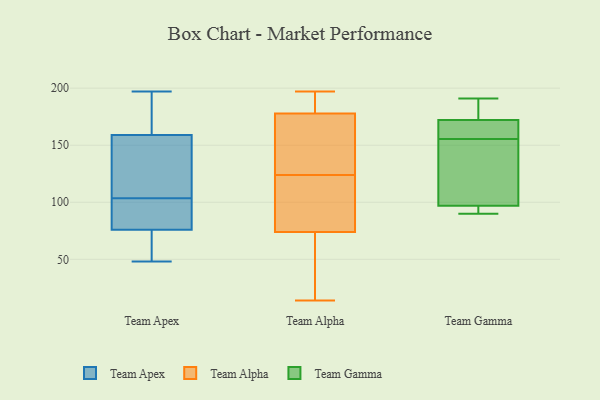
{"axis": {"x": "Operating Costs (USD K)", "y": "Value"}, "legend": ["Team Alpha", "Team Apex", "Team Gamma"], "data": [{"x": "", "y": 93, "type": "Team Apex"}, {"x": "", "y": 187, "type": "Team Apex"}, {"x": "", "y": 197, "type": "Team Apex"}, {"x": "", "y": 114, "type": "Team Apex"}, {"x": "", "y": 70, "type": "Team Apex"}, {"x": "", "y": 128, "type": "Team Apex"}, {"x": "", "y": 76, "type": "Team Apex"}, {"x": "", "y": 48, "type": "Team Apex"}, {"x": "", "y": 88, "type": "Team Apex"}, {"x": "", "y": 159, "type": "Team Apex"}, {"x": "", "y": 195, "type": "Team Alpha"}, {"x": "", "y": 39, "type": "Team Alpha"}, {"x": "", "y": 151, "type": "Team Alpha"}, {"x": "", "y": 147, "type": "Team Alpha"}, {"x": "", "y": 14, "type": "Team Alpha"}, {"x": "", "y": 47, "type": "Team Alpha"}, {"x": "", "y": 83, "type": "Team Alpha"}, {"x": "", "y": 124, "type": "Team Alpha"}, {"x": "", "y": 124, "type": "Team Alpha"}, {"x": "", "y": 180, "type": "Team Alpha"}, {"x": "", "y": 121, "type": "Team Alpha"}, {"x": "", "y": 177, "type": "Team Alpha"}, {"x": "", "y": 197, "type": "Team Alpha"}, {"x": "", "y": 94, "type": "Team Gamma"}, {"x": "", "y": 166, "type": "Team Gamma"}, {"x": "", "y": 166, "type": "Team Gamma"}, {"x": "", "y": 145, "type": "Team Gamma"}, {"x": "", "y": 90, "type": "Team Gamma"}, {"x": "", "y": 175, "type": "Team Gamma"}, {"x": "", "y": 90, "type": "Team Gamma"}, {"x": "", "y": 117, "type": "Team Gamma"}, {"x": "", "y": 100, "type": "Team Gamma"}, {"x": "", "y": 191, "type": "Team Gamma"}, {"x": "", "y": 169, "type": "Team Gamma"}, {"x": "", "y": 185, "type": "Team Gamma"}]}